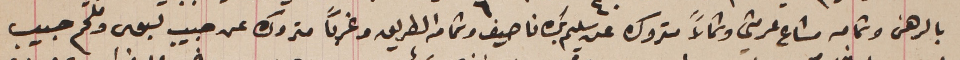
بالرهن وتمامه مشاع عرمتى وشمالاً متروك عن سليم بك ناصيف وتمامه الطريق وغرباً متروك عن حبيب لبوس وملحم حبيب